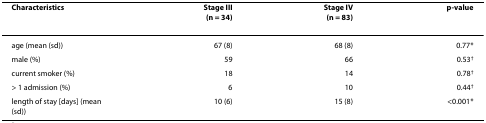
<table><thead><tr><td><b>Characteristics</b></td><td><b>Stage III(n = 34)</b></td><td><b>Stage IV(n = 83)</b></td><td><b>p-value</b></td></tr></thead><tbody><tr><td>age (mean (sd))</td><td>67 (8)</td><td>68 (8)</td><td>0.77*</td></tr><tr><td>male (%)</td><td>59</td><td>66</td><td>0.53<sup>†</sup></td></tr><tr><td>current smoker (%)</td><td>18</td><td>14</td><td>0.78<sup>†</sup></td></tr><tr><td>&gt; 1 admission (%)</td><td>6</td><td>10</td><td>0.44<sup>†</sup></td></tr><tr><td>length of stay [days] (mean (sd))</td><td>10 (6)</td><td>15 (8)</td><td>&lt;0.001*</td></tr></tbody></table>